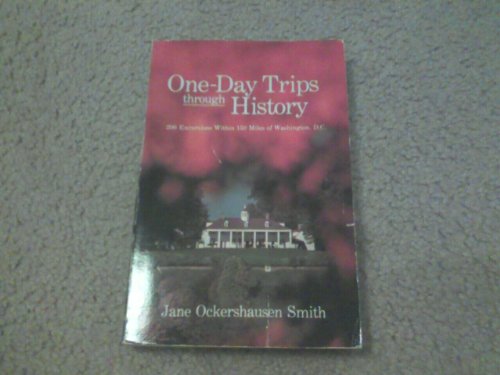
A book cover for One-Day Trips Through History: 200 Excursions Within 150 Miles of Washington, D.C.; Jane Ockershausen Smith; Travel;